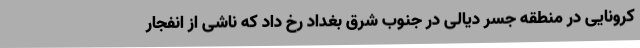
کرونایی در منطقه جسر دیالی در جنوب شرق بغداد رخ داد که ناشی از انفجار